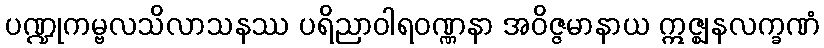
ပဏ္ဍုကမ္ဗလသိလာသနဿ ပရိညာဝါရဝဏ္ဏနာ အဝိဇ္ဇမာနာယ ဣဇ္ဈနလက္ခဏံ